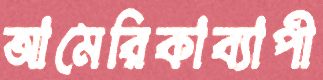
আমেরিকাব্যাপী